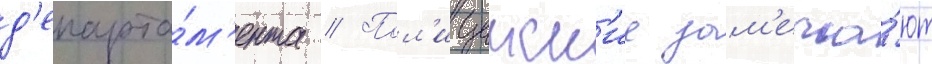
д'епарта́м'ента // Пол'ицеиск'ие зам'еча́ют